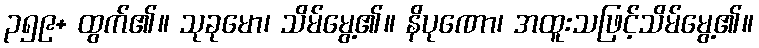
၃၅၉+ ထွက်၏။ သုခုမော၊ သိမ်မွေ့၏။ နိပုဏော၊ အထူးသဖြင့်သိမ်မွေ့၏။